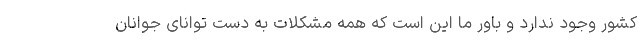
کشور وجود ندارد و باور ما این است که همه مشکلات به دست توانای جوانان